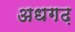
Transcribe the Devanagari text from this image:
अधगढ़